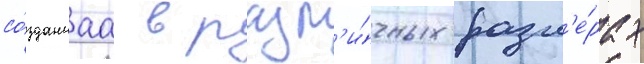
со́зданнаа в разл'и́чных разм'е́рах